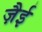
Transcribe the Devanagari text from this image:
ज़ैई